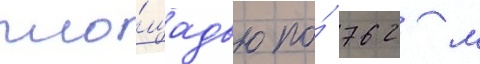
пло́щадью по́ 762 м